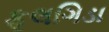
ફૂલગિડા